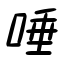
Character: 唾